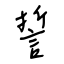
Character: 誓